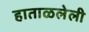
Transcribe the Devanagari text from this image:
हाताळलेली